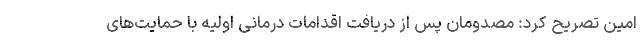
امین تصریح کرد: مصدومان پس از دریافت اقدامات درمانی اولیه با حمایت‌های